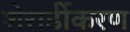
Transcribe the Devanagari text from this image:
शेरार्डीकरण